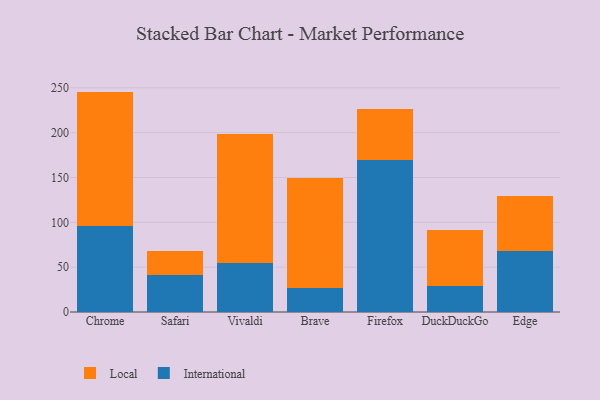
{"axis": {"x": "Browser", "y": "Market Share (%)"}, "legend": ["International", "Local"], "data": [{"x": "Chrome", "y": 95.4, "type": "International"}, {"x": "Chrome", "y": 150.4, "type": "Local"}, {"x": "Safari", "y": 41.2, "type": "International"}, {"x": "Safari", "y": 26.7, "type": "Local"}, {"x": "Vivaldi", "y": 54.9, "type": "International"}, {"x": "Vivaldi", "y": 143.9, "type": "Local"}, {"x": "Brave", "y": 26.9, "type": "International"}, {"x": "Brave", "y": 123.0, "type": "Local"}, {"x": "Firefox", "y": 169.3, "type": "International"}, {"x": "Firefox", "y": 56.8, "type": "Local"}, {"x": "DuckDuckGo", "y": 29.1, "type": "International"}, {"x": "DuckDuckGo", "y": 62.2, "type": "Local"}, {"x": "Edge", "y": 67.5, "type": "International"}, {"x": "Edge", "y": 62.0, "type": "Local"}]}